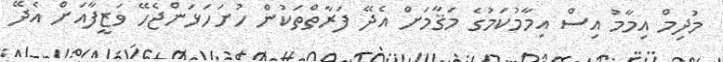
މުދިމް އިމާމު އިސް އިމާމުކަމުގެ މަޤާމަށް އެދޭ ފަރާތްތަކުން ހުށަހަޅަންޖެހޭ ވަޒީފާއަށް އެދޭ